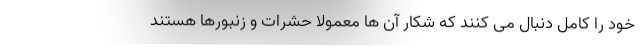
خود را کامل دنبال می کنند که شکار آن ها معمولاً حشرات و زنبورها هستند